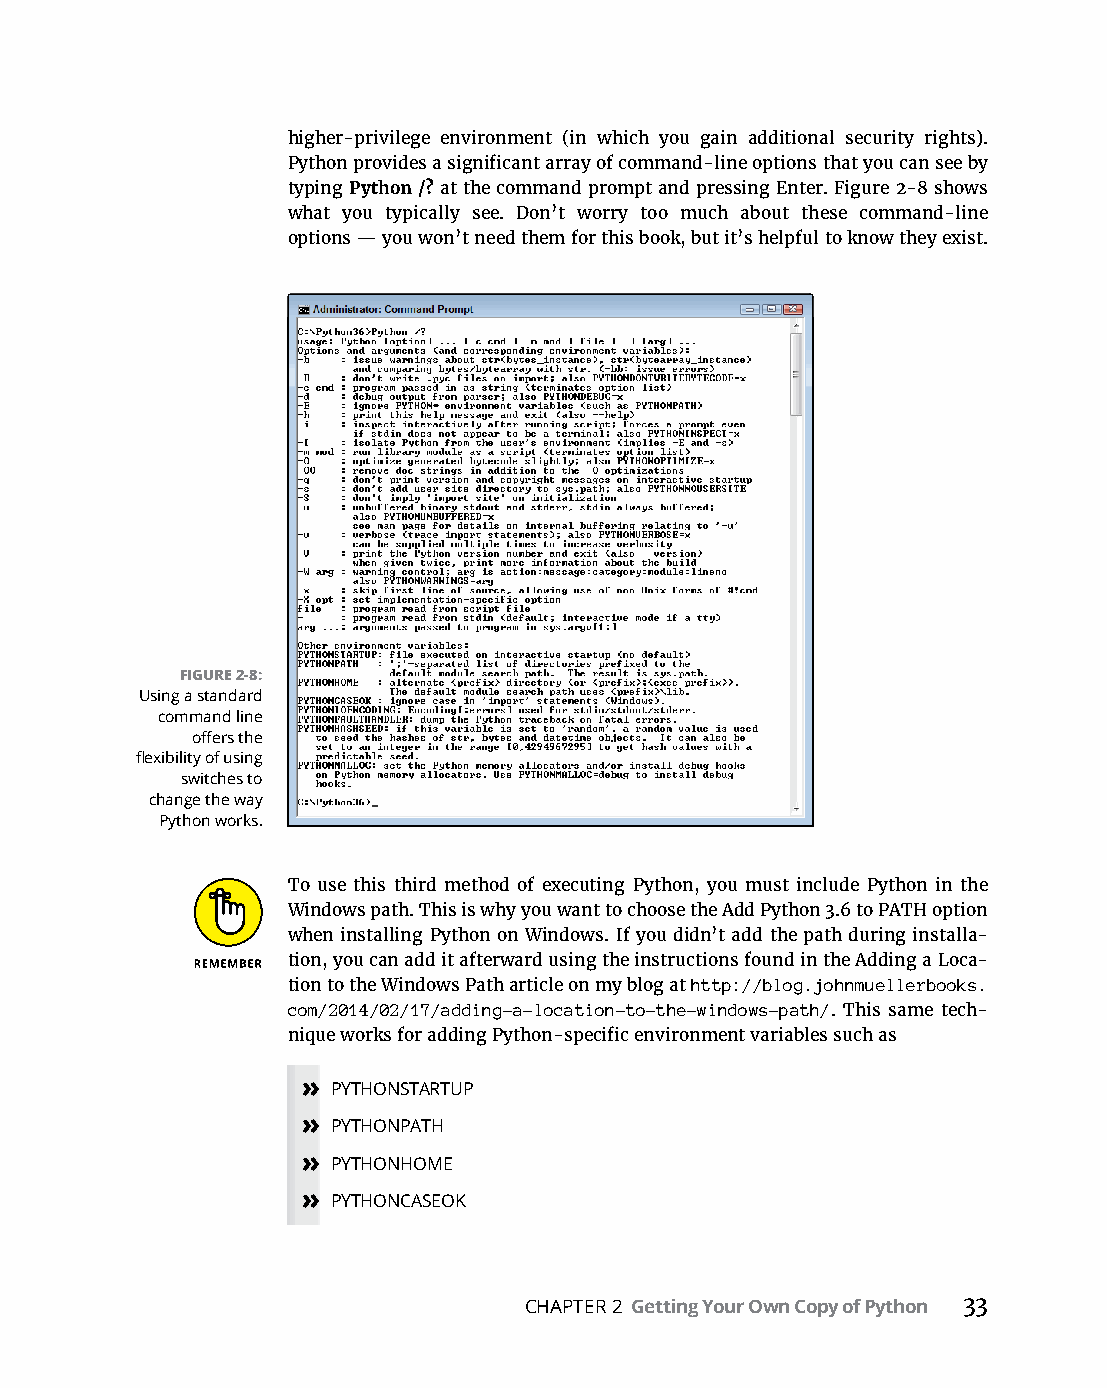
higher-privilege environment (in which you gain additional security rights).
 Python provides a significant array of command-line options that you can see by
 typing Python /? at the command prompt and pressing Enter. Figure 2-8 shows
 what you typically see. Don’t worry too much about these command-line
 options — you won’t need them for this book, but it’s helpful to know they exist.
 FIGURE 2-8:
 Using a standard
 command line
 offers the
 flexibility of using
 switches to
 change the way
 Python works.
 To use this third method of executing Python, you must include Python in the
 Windows path. This is why you want to choose the Add Python 3.6 to PATH option
 when installing Python on Windows. If you didn’t add the path during installa-
 tion, you can add it afterward using the instructions found in the Adding a Loca-
 tion to the Windows Path article on my blog at http://blog.johnmuellerbooks.
 com/2014/02/17/adding-a-location-to-the-windows-path/. This same tech-
 nique works for adding Python-specific environment variables such as
 » PYTHONSTARTUP
 » PYTHONPATH
 » PYTHONHOME
 » PYTHONCASEOK
 CHAPTER 2 Getting Your Own Copy of Python 33